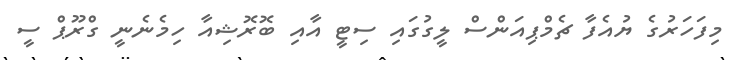
މިފަހަރުގެ ޔުއެފާ ޗެމްޕިއަންސް ލީގުގައި ސިޓީ އާއި ބޮރޮޝިއާ ހިމެނެނީ ގްރޫޕް ސީ